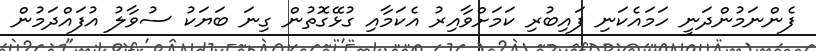
ފެންނަމުންދަނީ ހަމައެކަނި ފައިބުރި ކަމަށްވާއިރު އެކަމާއި ގުޅޭގޮތުން ގިނަ ބަޔަކު ސުވާލު އުފައްދަމުން